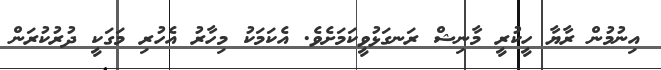
އިނުމުން ރާޔާ ހީކުރީ މާނިޝް ރަނގަޅުވީކަމަށެވެ. އެކަމަކު މިހާރު އެހުރި މަގަކީ ދުރުކުރަން